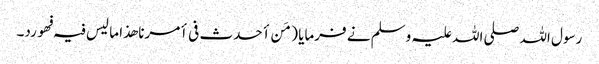
رسول اللہ صلی اللہ علیہ وسلم نے فرمایا ( مَن أحدث فی أمرنا ھذا ما لیس فیہ فھو رد۔